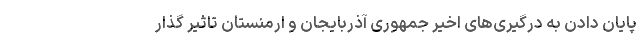
پایان دادن به درگیری‌های اخیر جمهوری آذربایجان و ارمنستان تاثیر گذار